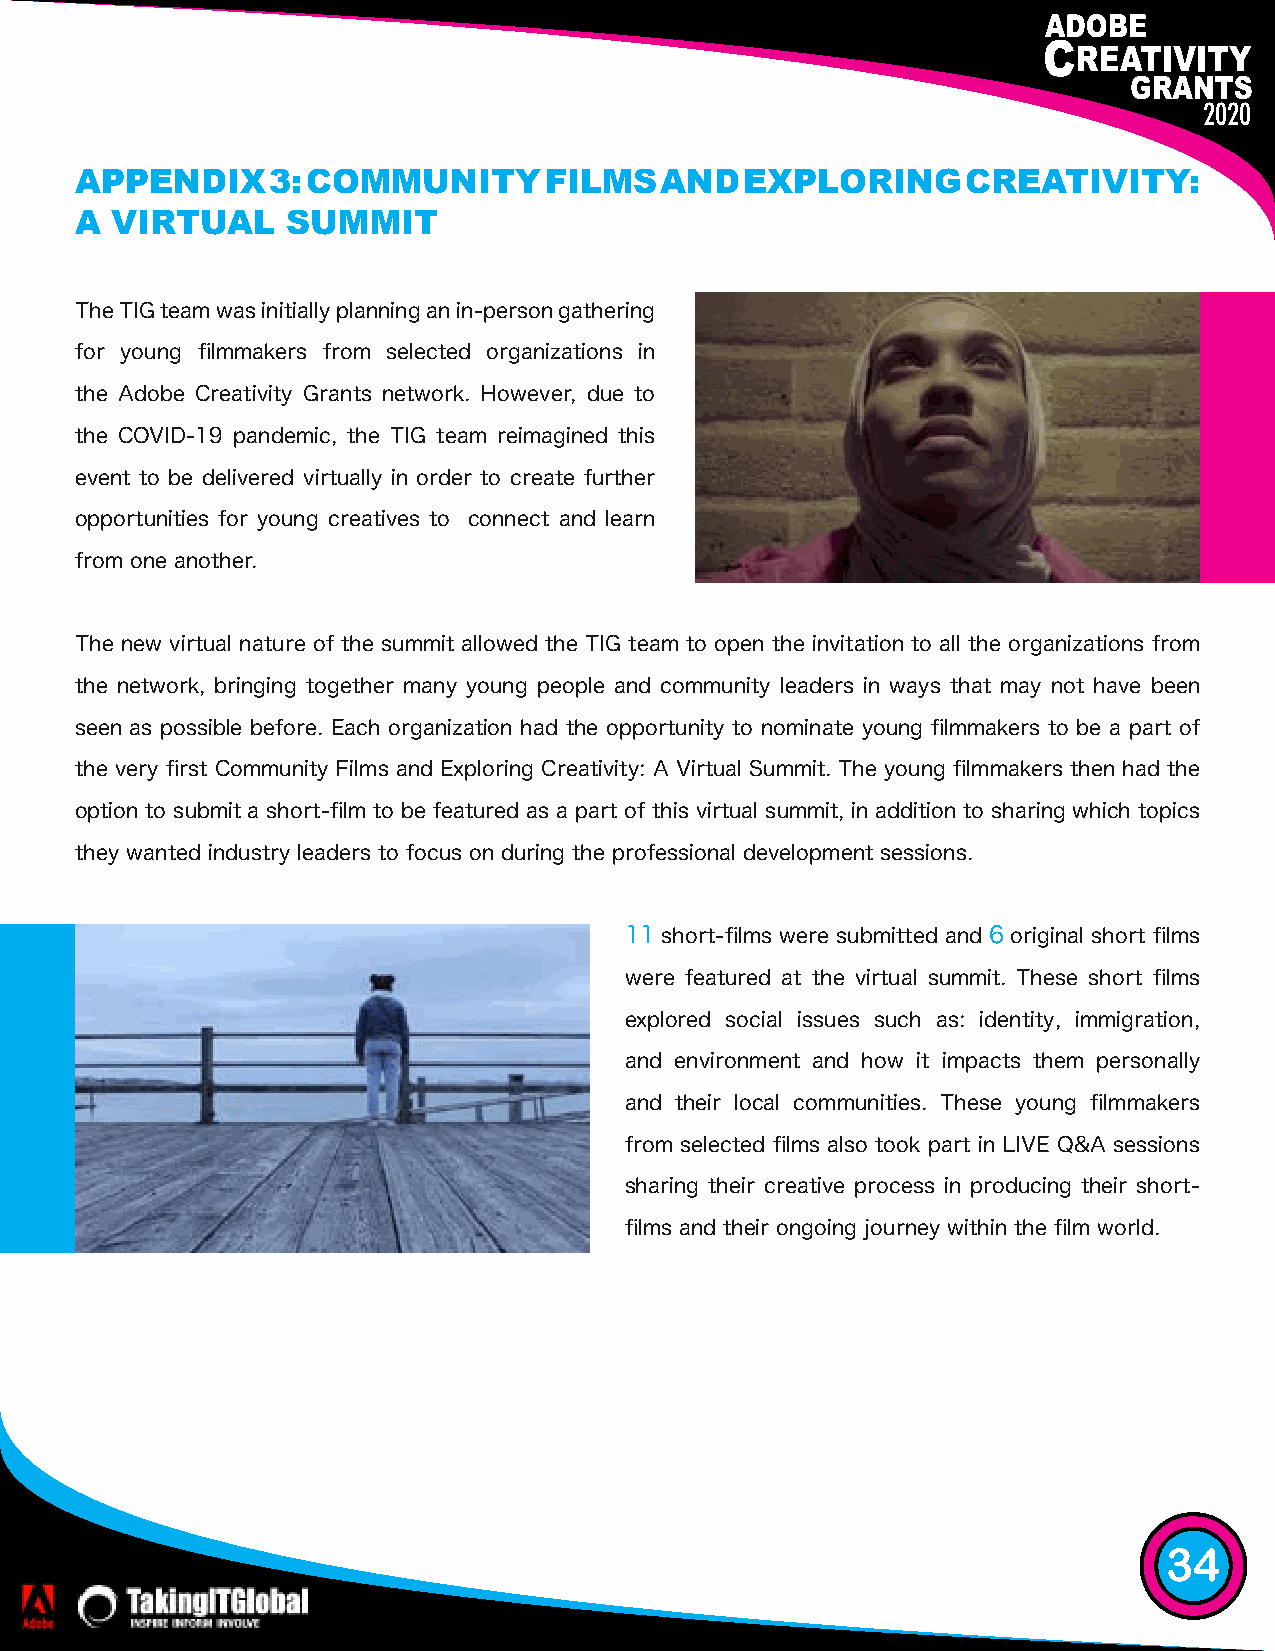
2020
 APPENDIX     3: COMMUNITY      FILMS   AND  EXPLORING      CREATIVITY:
 A VIRTUAL     SUMMIT
 The TIG team was initially planning an in-person gathering
 for young filmmakers from selected organizations in
 the Adobe Creativity Grants network. However, due to
 the COVID-19 pandemic, the TIG team reimagined this
 event to be delivered virtually in order to create further
 opportunities for young creatives to connect and learn
 from one another.
 The new virtual nature of the summit allowed the TIG team to open the invitation to all the organizations from
 the network, bringing together many young people and community leaders in ways that may not have been
 seen as possible before. Each organization had the opportunity to nominate young filmmakers to be a part of
 the very first Community Films and Exploring Creativity: A Virtual Summit. The young filmmakers then had the
 option to submit a short-film to be featured as a part of this virtual summit, in addition to sharing which topics
 they wanted industry leaders to focus on during the professional development sessions.
 11 short-films were submitted and 6 original short films
 were featured at the virtual summit. These short films
 explored social issues such as: identity, immigration,
 and environment and how it impacts them personally
 and their local communities. These young filmmakers
 from selected films also took part in LIVE Q&A sessions
 sharing their creative process in producing their short-
 films and their ongoing journey within the film world.
 34